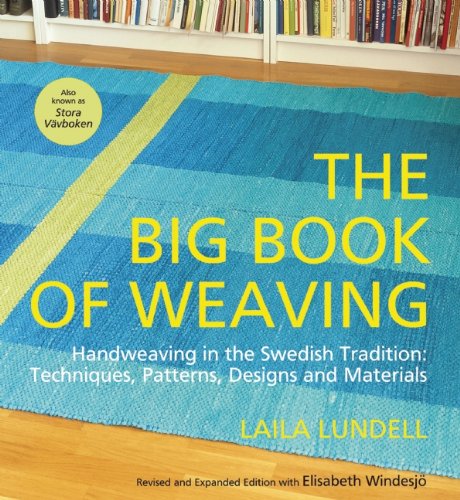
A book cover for The Big Book of Weaving: Handweaving in the Swedish Tradition: Techniques, Patterns, Designs and Materials; Laila Lundell; Crafts, Hobbies & Home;